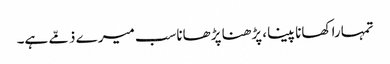
تمہارا کھانا پینا، پڑھنا پڑھاناسب میرے ذمّے ہے۔